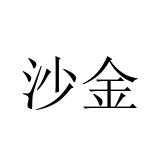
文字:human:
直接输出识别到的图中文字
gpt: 沙金